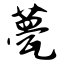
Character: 甍